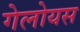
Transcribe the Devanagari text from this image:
गेलोयस